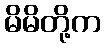
မိမိတို့က